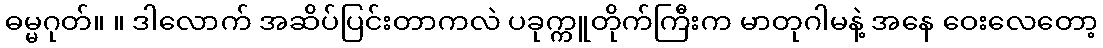
ဓမ္မဂုတ်။ ။ ဒါလောက် အဆိပ်ပြင်းတာကလဲ ပခုက္ကူတိုက်ကြီးက မာတုဂါမနဲ့ အနေ ဝေးလေတော့